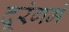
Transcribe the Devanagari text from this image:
दूरंगमं